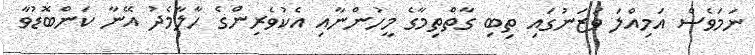
ނަމަވެސް އަމިއްލަ ވަޒަނުގައި ތިބި ގާތްތިމާގެ މީހުންނާއި އެކުވެރިންގެ ހާލާމެދު އޭނާ ކަންބޮޑުވާ